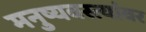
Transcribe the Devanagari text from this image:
मनुष्यवस्त्यांवर